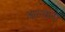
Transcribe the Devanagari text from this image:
आल्वारो